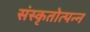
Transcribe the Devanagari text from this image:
संस्कृतोत्पन्न